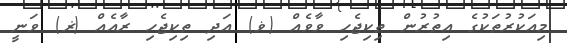
މިއަކުރުތަކުގެ އިތުރުން ތިކިޖެހި ވާވެއް (ޥ) އަދި ތިކިޖެހި ރާއެއް (ޜ) ވަނީ